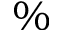
{ \% }